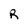
Character: R